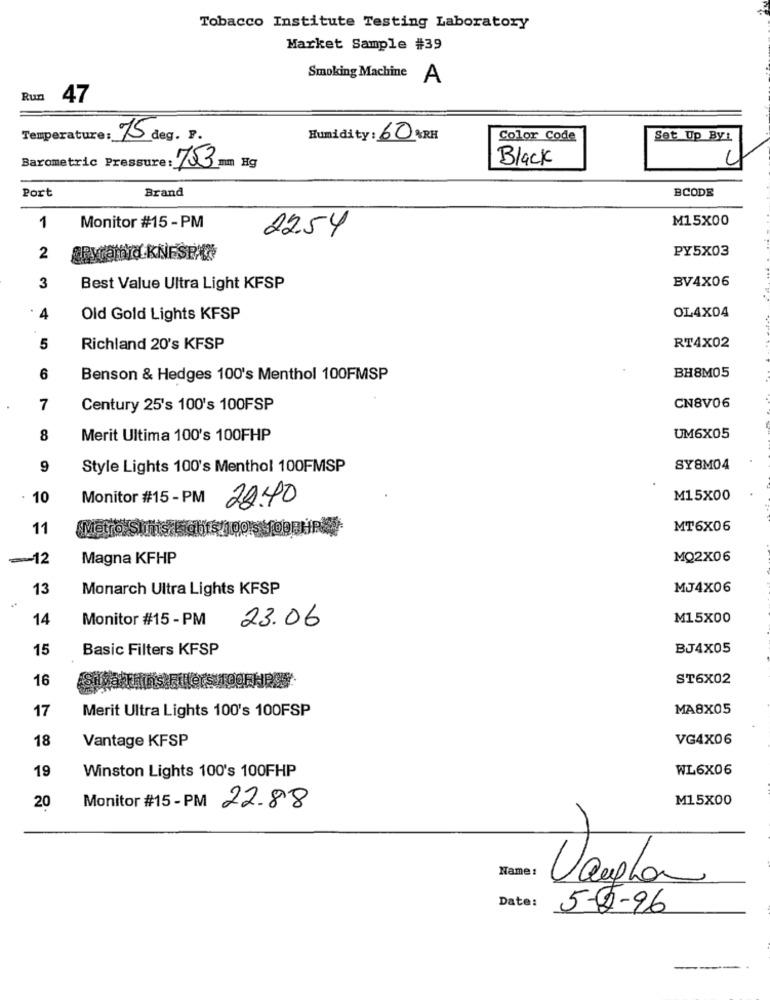
Tobacco Institute Testing Laboratory
Market Sample #39
Smoking Machine A
Run 47
Temperature: 75 deg. p.
Humidity: 60 %RH
Color Code
Set Up Byt
Black
Barometric Pressure: 783 mm Hg
Port
Brand
BCODE
M15X00
1
Monitor #15 - PM
2254
PY5X03
2
BV4X06
3
Best Value Ultra Light KFSP
4
Old Gold Lights KFSP
OL4X04
5
Richland 20's KFSP
RT4X02
6
Benson & Hedges 100's Menthol 100FMSP
BH8M05
7
Century 25's 100's 100FSP
CN8V06
8
Merit Ultima 100's 100FHP
UM6X05
9
Style Lights 100's Menthol 100FMSP
SY8M04
10
Monitor #15 - PM
22.40
M15x00
11
Metro
MT6X06
-12
Magna KFHP
MQ2X06
13
Monarch Ultra Lights KFSP
MJ4X06
14
Monitor #15 - PM
23.06
M15X00
15
Basic Filters KFSP
BJ4X05
16
ST6X02
17
Merit Ultra Lights 100's 100FSP
MA8X05
18
Vantage KFSP
VG4X06
19
Winston Lights 100's 100FHP
WL6X06
20
Monitor #15 - PM
M15X00
22.88
Name:
Vargha
Date:
5-2-96